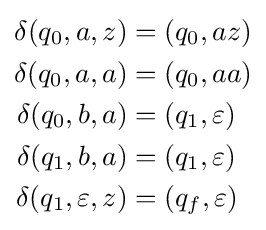
{\begin{aligned}\delta (q_{0},a,z)&=(q_{0},az)\\\delta (q_{0},a,a)&=(q_{0},aa)\\\delta (q_{0},b,a)&=(q_{1},\varepsilon )\\\delta (q_{1},b,a)&=(q_{1},\varepsilon )\\\delta (q_{1},\varepsilon ,z)&=(q_{f},\varepsilon )\end{aligned}}